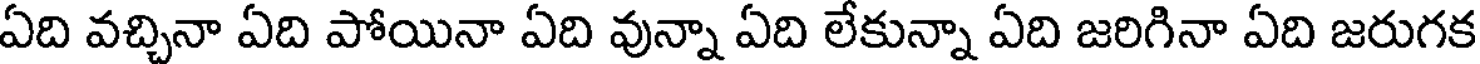
ఏది వచ్చినా ఏది పోయినా ఏది వున్నా ఏది లేకున్నా ఏది జరిగినా ఏది జరుగక